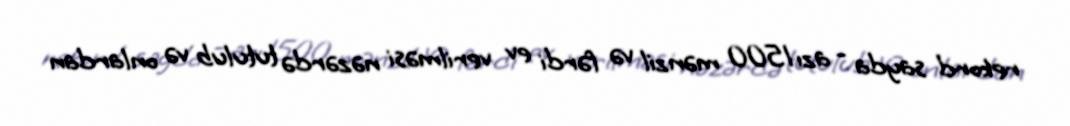
rekord sayda - azı 1500 mənzil və fərdi ev verilməsi nəzərdə tutulub və onlardan